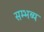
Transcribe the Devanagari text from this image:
सम्भब्य